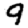
Digit: 9